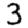
Digit: 3